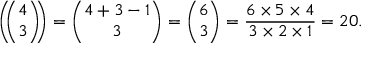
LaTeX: \left( \! \! { \binom { 4 } { 3 } } \! \! \right) = { \binom { 4 + 3 - 1 } { 3 } } = { \binom { 6 } { 3 } } = { \frac { 6 \times 5 \times 4 } { 3 \times 2 \times 1 } } = 2 0 .